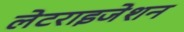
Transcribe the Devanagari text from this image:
लेटराइजेशन